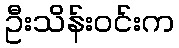
ဦးသိန်းဝင်းက